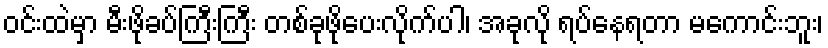
ဝင်းထဲမှာ မီးဖိုခပ်ကြီးကြီး တစ်ခုဖိုပေးလိုက်ပါ၊ အခုလို ရပ်နေရတာ မကောင်းဘူး၊